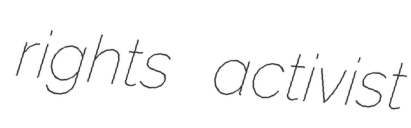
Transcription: rights activist